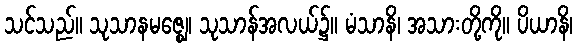
သင်သည်။ သုသာနမဇ္ဈေ၊ သုသာန်အလယ်၌။ မံသာနိ၊ အသားတို့ကို။ ပိယာနိ၊